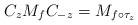
LaTeX: \begin{align*}C_{z} M_f C_{-z} = M_{f \circ \tau_{z}}\end{align*}